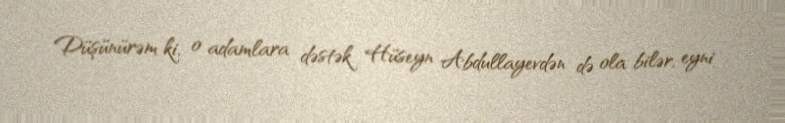
Düşünürəm ki, o adamlara dəstək Hüseyn Abdullayevdən də ola bilər, eyni